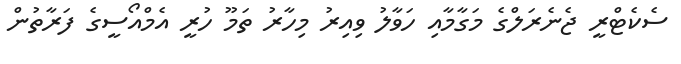
ސެކެޓްރީ ޖެނެރަލްގެ މަގާމާއި ހަވާލު ވިއިރު މިހާރު ތަމޫ ހުރީ އެމްއޯސީގެ ފަރާތުން